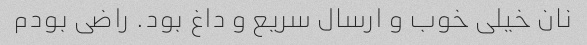
نان خیلی خوب و ارسال سریع و داغ بود. راضی بودم